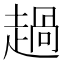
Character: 𧼽